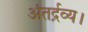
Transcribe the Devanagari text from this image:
अंतर्द्रव्य।